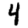
Digit: 4